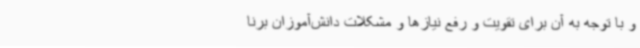
و با توجه به آن برای تقویت و رفع نیازها و مشکلات دانش‌آموزان برنا